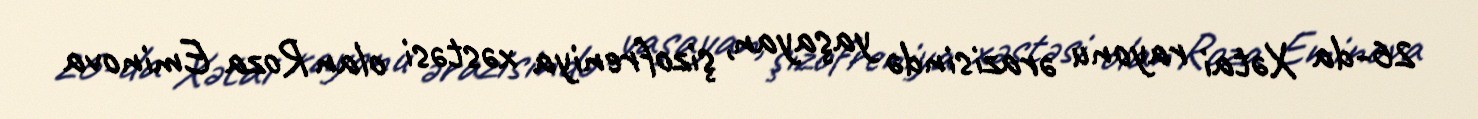
26-da Xətai rayonu ərazisində yaşayan, şizofreniya xəstəsi olan Roza Eminova